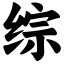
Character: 综